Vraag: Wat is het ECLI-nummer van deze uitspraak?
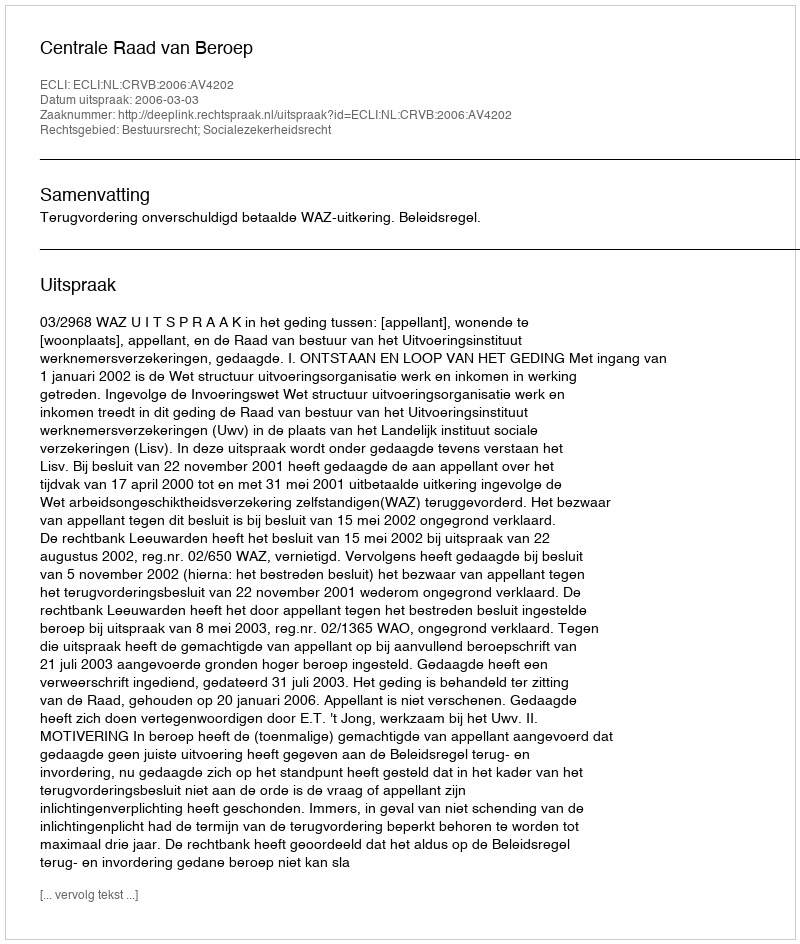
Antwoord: ECLI:NL:CRVB:2006:AV4202